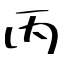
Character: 丙